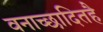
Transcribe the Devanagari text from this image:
वनाच्‍छादितहै